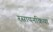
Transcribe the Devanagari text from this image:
रसायनक्रिया